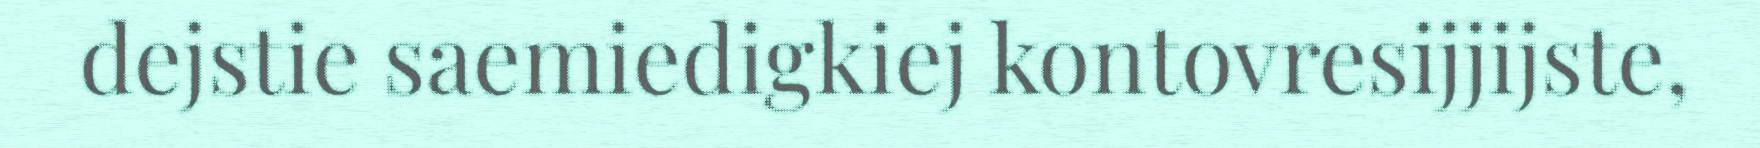
dejstie saemiedigkiej kontovresijjijste,